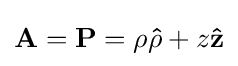
\mathbf {A} =\mathbf {P} =\rho \mathbf {\hat {\rho }} +z\mathbf {\hat {z}}